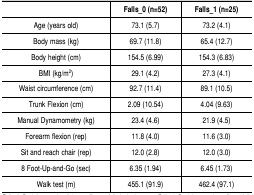
<table><thead><tr><td></td><td><b>Falls_0 (n=52)</b></td><td><b>Falls_1 (n=25)</b></td></tr></thead><tbody><tr><td>Age (yearsold)</td><td>73.1 (5.7)</td><td>73.2 (4.1)</td></tr><tr><td>Body mass (kg)</td><td>69.7 (11.8)</td><td>65.4 (12.7)</td></tr><tr><td>Body height(cm)</td><td>154.5 (6.99)</td><td>154.3 (6.83)</td></tr><tr><td>BMI (kg/m<sup>2</sup>)</td><td>29.1 (4.2)</td><td>27.3 (4.1)</td></tr><tr><td>Waistcircumference (cm)</td><td>92.7 (11.4)</td><td>89.1 (10.5)</td></tr><tr><td>Trunk Flexion(cm)</td><td>2.09 (10.54)</td><td>4.04 (9.63)</td></tr><tr><td>ManualDynamometry (kg)</td><td>23.4 (4.6)</td><td>21.9 (4.5)</td></tr><tr><td>Forearmflexion (rep)</td><td>11.8 (4.0)</td><td>11.6 (3.0)</td></tr><tr><td>Sit and reachchair (rep)</td><td>12.0 (2.8)</td><td>12.0 (3.0)</td></tr><tr><td>8Foot-Up-and-Go (sec)</td><td>6.35 (1.94)</td><td>6.45 (1.73)</td></tr><tr><td>Walk test (m)</td><td>455.1 (91.9)</td><td>462.4 (97.1)</td></tr></tbody></table>